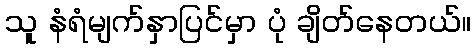
သူ နံရံမျက်နှာပြင်မှာ ပုံ ချိတ်နေတယ်။